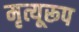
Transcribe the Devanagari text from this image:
मृत्यूरूप